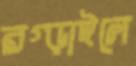
রগ্‌ড়াইলে